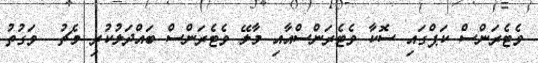
ވެޓެރަންސް ކަޕްގައި ސޮކާ ވެޓެރަންސްއާއި މާލޭ ވެޓެރަންސް ބައްދަލުކުރި މެޗު  ވަގުތު